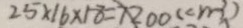
2 5 \times 1 6 \times 1 8 = 7 2 0 0 ( c m ^ { 3 } )